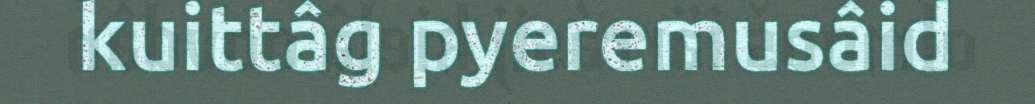
kuittâg pyeremusâid